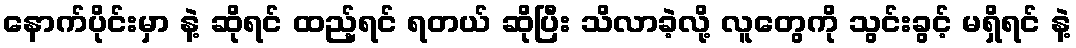
နောက်ပိုင်းမှာ နဲ့ ဆိုရင် ထည့်ရင် ရတယ် ဆိုပြီး သိလာခဲ့လို့ လူတွေကို သွင်းခွင့် မရှိရင် နဲ့